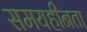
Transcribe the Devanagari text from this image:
समयहीनता